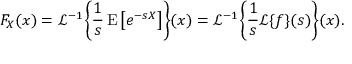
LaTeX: F _ { X } ( x ) = { \mathcal { L } } ^ { - 1 } \! \left\{ { \frac { 1 } { s } } \operatorname { E } \left[ e ^ { - s X } \right] \right\} \! ( x ) = { \mathcal { L } } ^ { - 1 } \! \left\{ { \frac { 1 } { s } } { \mathcal { L } } \{ f \} ( s ) \right\} \! ( x ) .